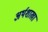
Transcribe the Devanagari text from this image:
अर्थशाखा